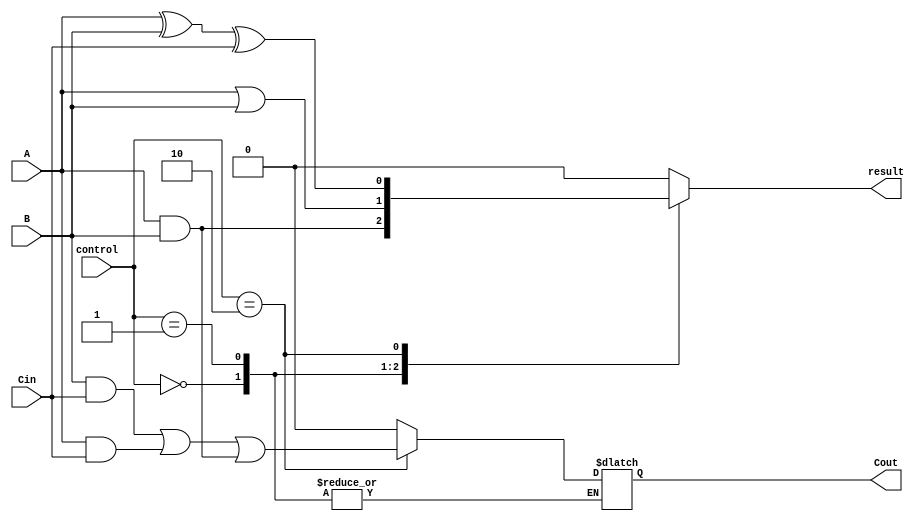
`timescale 1ns / 1ps
module one_bit_ALU(
    input A,
    input B,
    input Cin,
    input [2:0] control,
    output Cout,
    output result);

reg temp_Cout;
reg temp_result;
always @(A,B,Cin,control) begin
case(control)
0: begin
temp_result <= A & B;
end
		
1: begin
temp_result <= A | B;
end

2: begin
temp_Cout <= (B&Cin) | (A&Cin) | (A&B);
temp_result <= (A ^ B ^ Cin);
end
default:
begin
temp_Cout <= 0;
temp_result <= 0;
end
endcase
end
assign Cout = temp_Cout;
assign result = temp_result;


endmodule